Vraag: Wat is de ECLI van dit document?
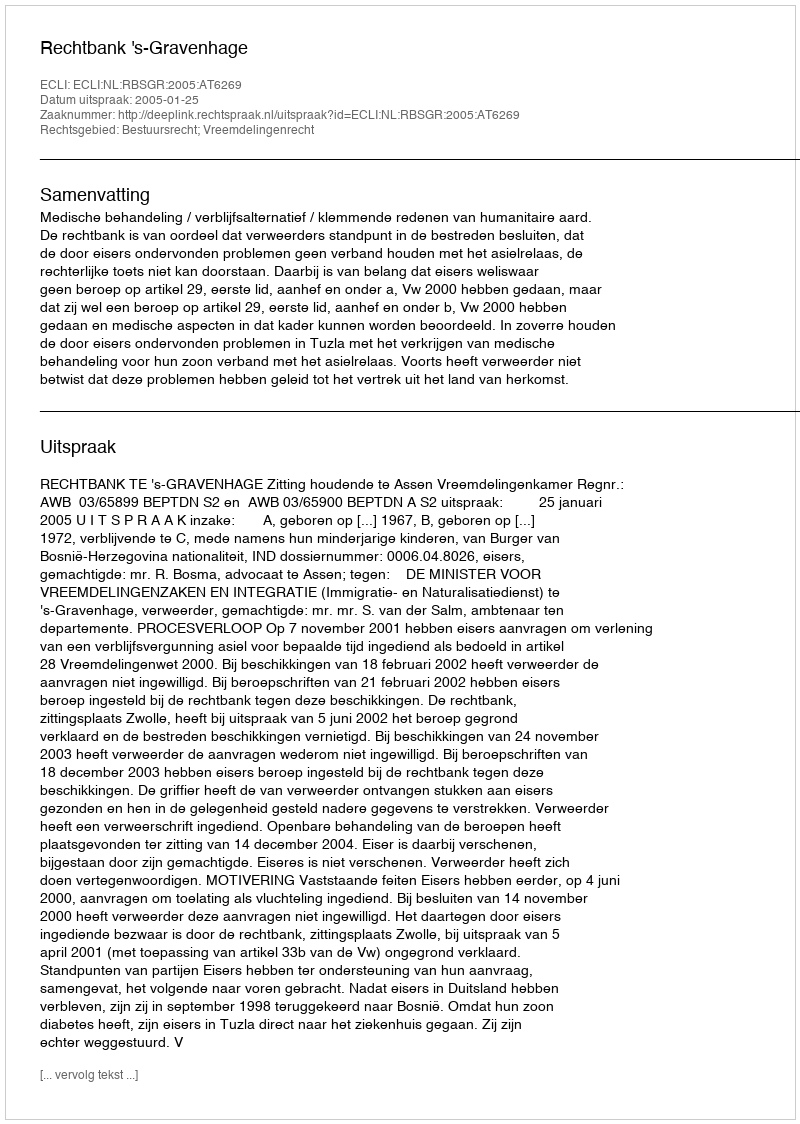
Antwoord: ECLI:NL:RBSGR:2005:AT6269